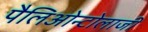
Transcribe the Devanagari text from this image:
पैलिओन्टोलाजी